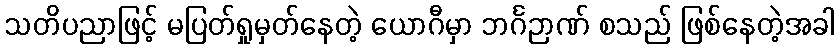
သတိပညာဖြင့် မပြတ်ရှုမှတ်နေတဲ့ ယောဂီမှာ ဘင်္ဂဉာဏ် စသည် ဖြစ်နေတဲ့အခါ